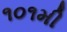
૧૦૧મી